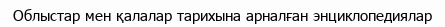
Облыстар мен қалалар тарихына арналған энциклопедиялар